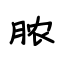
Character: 脓